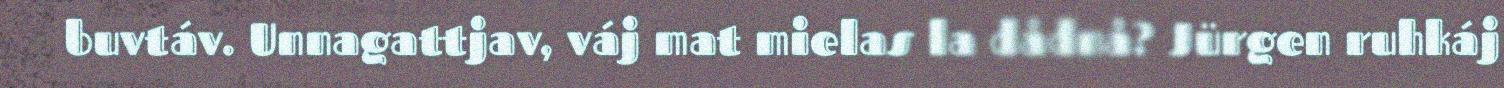
buvtáv. Unnagattjav, váj mat mielas la dådnå? Jürgen ruhkáj